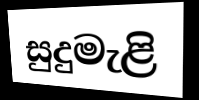
සුදුමැළි